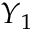
\boldsymbol { Y } _ { 1 }